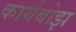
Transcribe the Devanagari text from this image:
कार्यबोझ